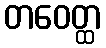
တဝေတ္ထ